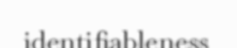
identifiableness